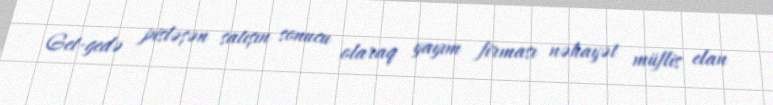
Get-gedə pisləşən satışın sonucu olaraq yayım firması nəhayət müflis elan